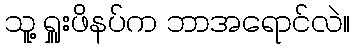
သူ့ ရှူးဖိနပ်က ဘာအရောင်လဲ။